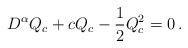
LaTeX: \begin{align*}D^{\alpha} Q_c+cQ_c-\frac{1}{2}Q_c^2=0 \, . \end{align*}